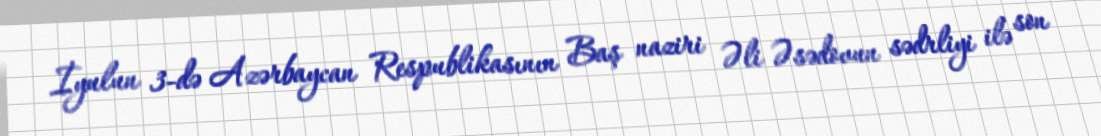
İyulun 3-də Azərbaycan Respublikasının Baş naziri Əli Əsədovun sədrliyi ilə son